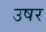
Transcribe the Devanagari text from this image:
उषर